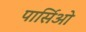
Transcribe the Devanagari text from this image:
पार्सिओ